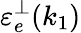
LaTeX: \mathinner{\varepsilon_{e}^{\perp}\mathopen{\left(k_{1}\right)}}